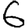
Digit: 6